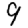
Digit: 9